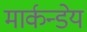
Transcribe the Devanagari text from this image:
मार्कन्डेय